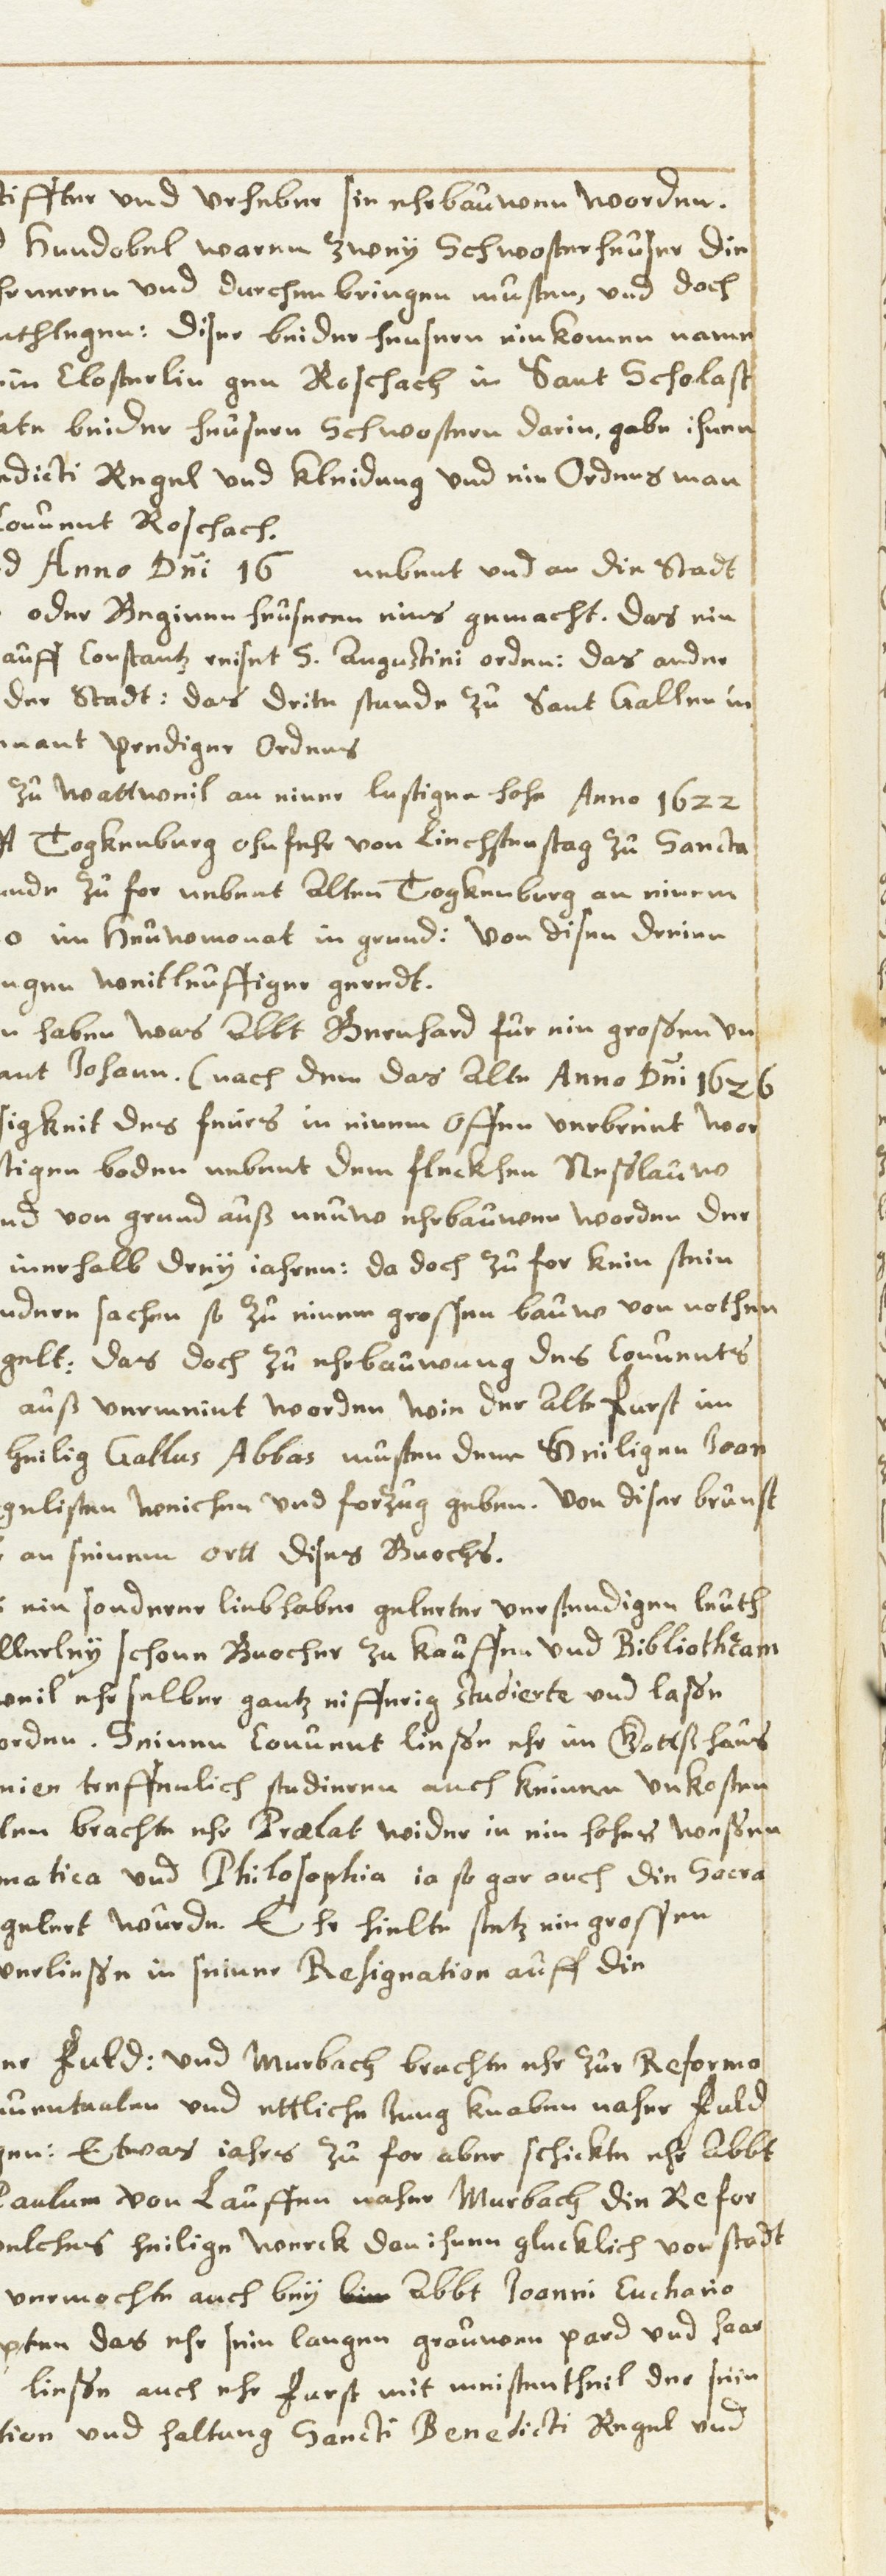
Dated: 1630–1680